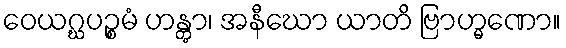
ဝေယဂ္ဃပဉ္စမံ ဟန္တွာ၊ အနီဃော ယာတိ ဗြာဟ္မဏော။